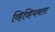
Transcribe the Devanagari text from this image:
व्हिव्हियनला